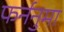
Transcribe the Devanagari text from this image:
फर्ननुमा